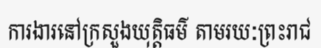
ការងារនៅក្រសួងយុត្តិធម៌ តាមរយៈព្រះរាជ